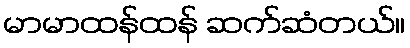
မာမာထန်ထန် ဆက်ဆံတယ်။